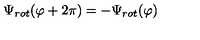
\Psi _ { r o t } ( \varphi + 2 \pi ) = - \Psi _ { r o t } ( \varphi )